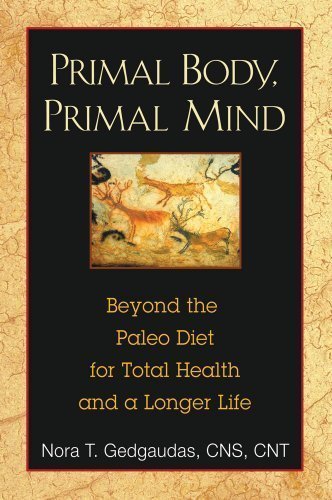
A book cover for Primal Body, Primal Mind: Beyond the Paleo Diet for Total Health and a Longer Life by Nora T. Gedgaudas Original Edition (5/27/2011); Health, Fitness & Dieting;